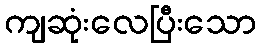
ကျဆုံးလေပြီးသော